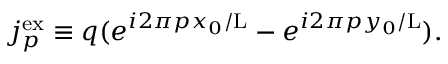
j _ { p } ^ { \mathrm { e x } } \equiv q ( e ^ { i 2 \pi p x _ { 0 } / \mathrm { L } } - e ^ { i 2 \pi p y _ { 0 } / \mathrm { L } } ) .